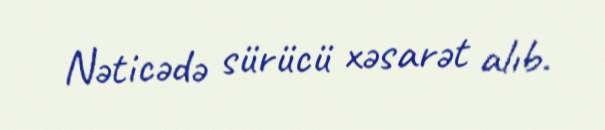
Nəticədə sürücü xəsarət alıb.